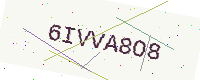
Text: 6IVVA8O8